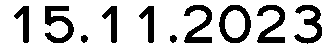
15.11.2023